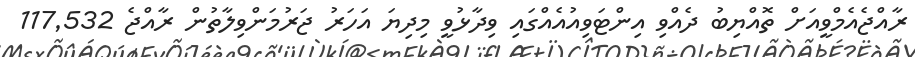
ރާއްޖެއެމްވީއަށް ތޮއްޔިބު ދެއްވި އިންޓަވިއުއެއްގައި ވިދާޅުވީ މިދިޔަ އަހަރު ޖަރުމަންވިލާތުން ރާއްޖެ 117